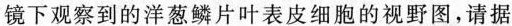
镜下观察到的洋葱鳞片叶表皮细胞的视野图，请据